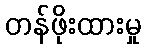
တန်ဖိုးထားမှု